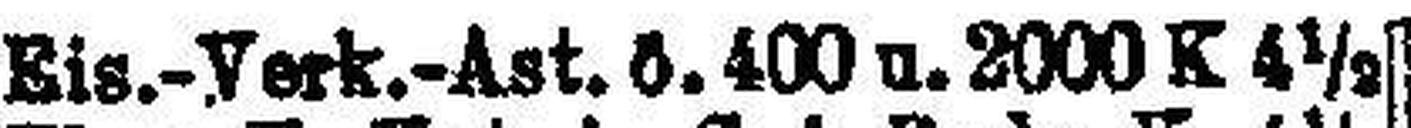
Eis.-Verk.-Ast. ö. 400 u. 2000 K 4½